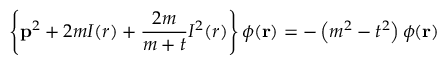
\left\{ { \bf p } ^ { 2 } + 2 m I ( r ) + \frac { 2 m } { m + t } I ^ { 2 } ( r ) \right\} \phi ( { \bf r } ) = - \left( m ^ { 2 } - t ^ { 2 } \right) \phi ( { \bf r } )